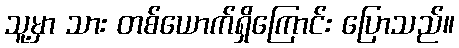
သူ့မှာ သား တစ်ယောက်ရှိကြောင်း ပြောသည်။